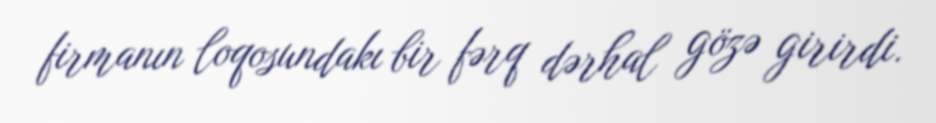
firmanın loqosundakı bir fərq dərhal gözə girirdi.